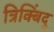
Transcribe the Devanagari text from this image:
त्रिक्बिंदु